Scottish Leaving Certificate Examination, 1960
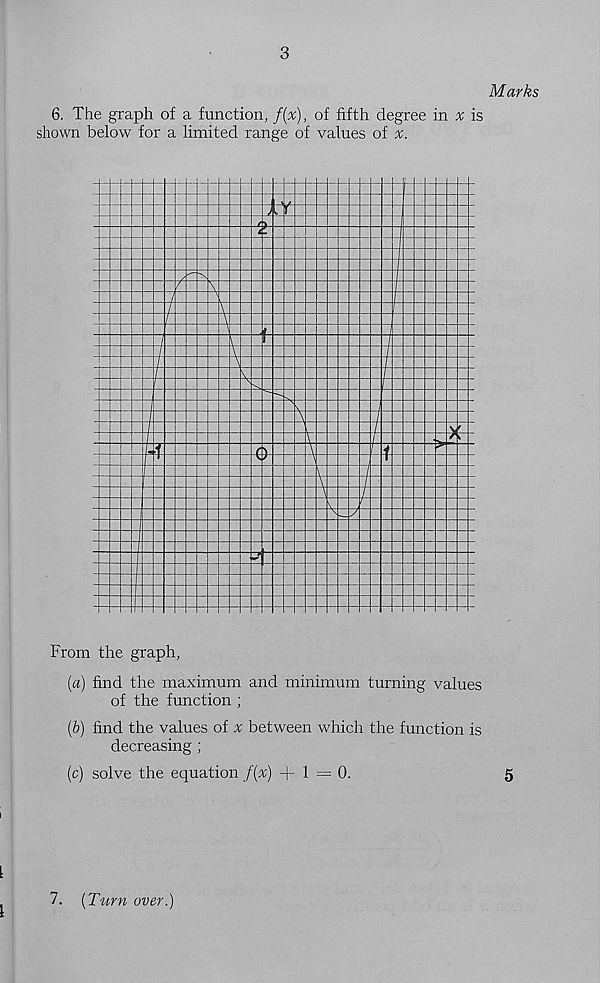
3
Marks
6. The graph of a function, f(%), of fifth degree in ^ is
shown below for a limited range of values of
From the graph,
[а) find the maximum and minimum turning values
of the function ;
(б) find the values of ^ between which the function is
decreasing ;
(c) solve the equation f(x) -(-1=0.
5
7. (Turn over.)